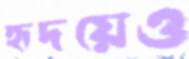
হৃদয়েও